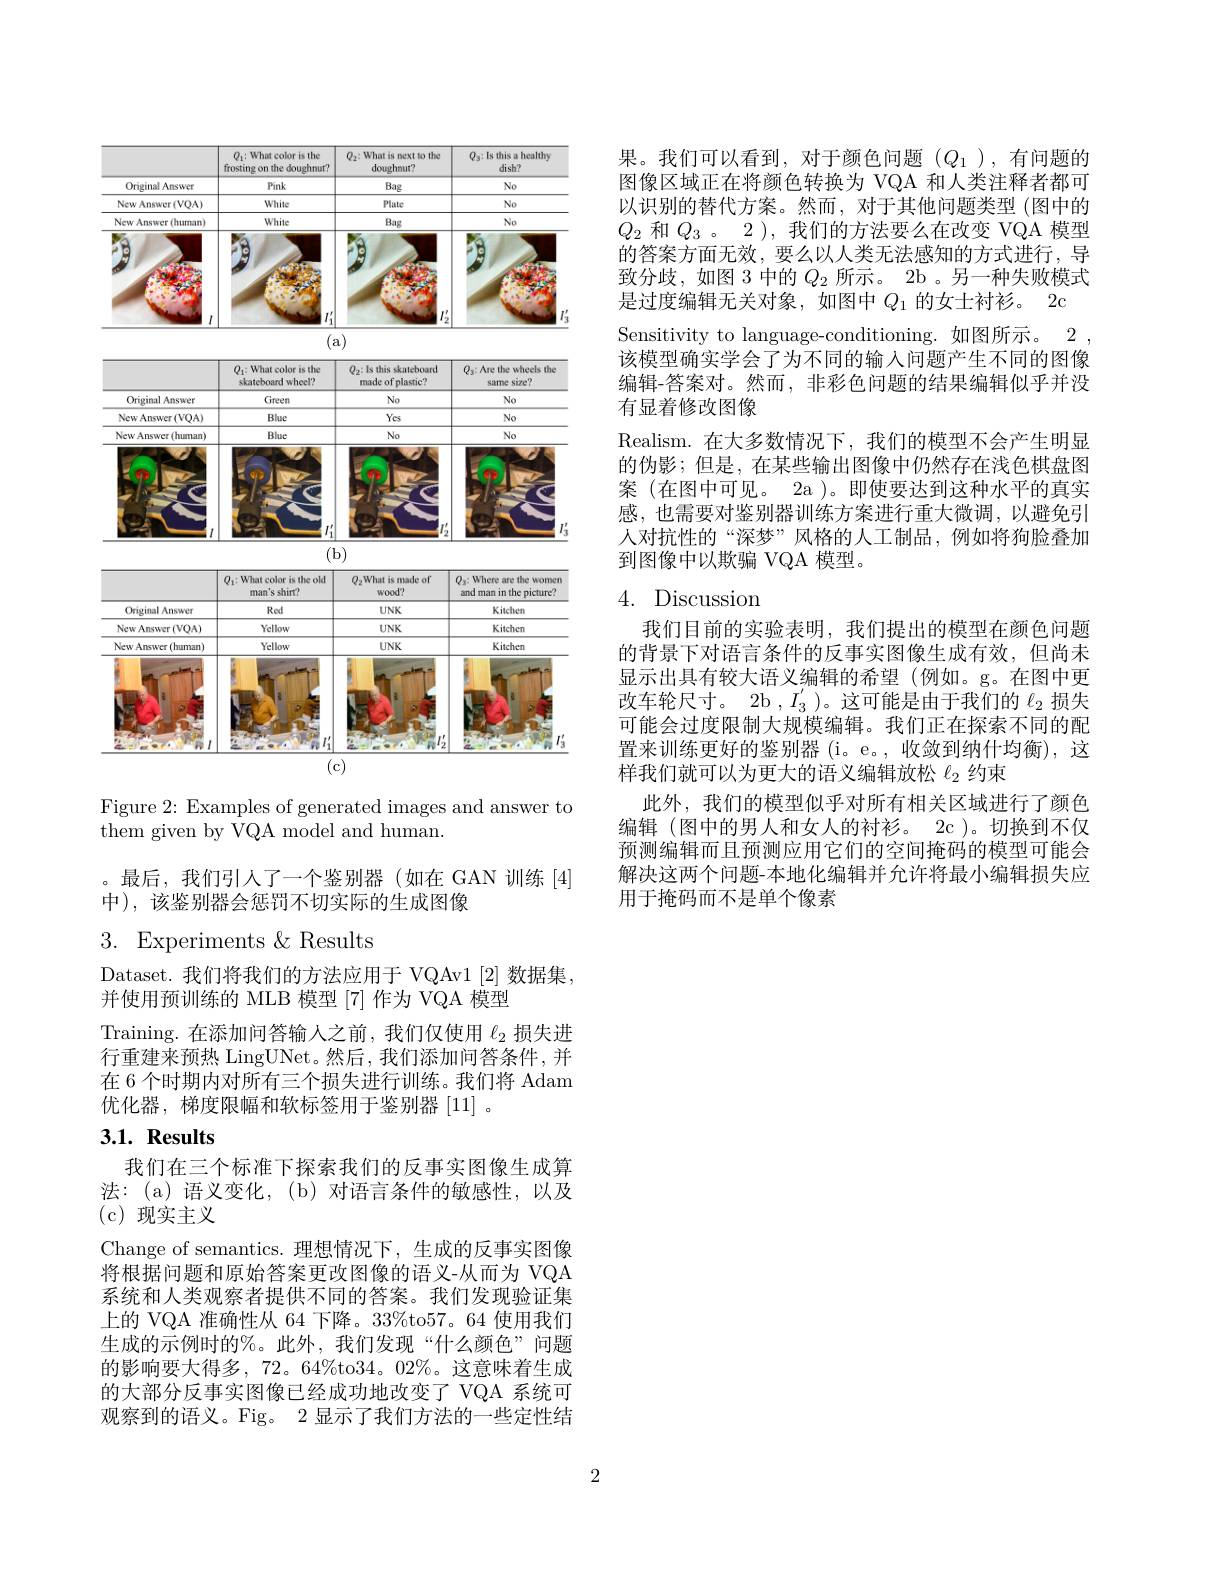
<FigureHere>

Figure 2: Examples of generated images and answer to
them given by VQA model and human.

最后，我们引人了一个鉴别器(如在 GAN 训练[4]
中),该鉴别器会惩罚不切实际的生成图像

3. Experiments$\&$Results

Dataset. 我们将我们的方法应用于 VQAv1 [2] 数据集，
并使用预训练的 MLB 模型 [7] 作为 VQA 模型
Training.在添加问答输人之前，我们仅使用$\ell_{2}$损失进行重建来预热 LingUNet。然后，我们添加问答条件，并在 6 个时期内对所有三个损失进行训练。我们将 Adam 优化器，梯度限幅和软标签用于鉴别器[11]。

# $3. 1. \textbf{ Results}$

我们在三个标准下探索我们的反事实图像生成算法：(a)语义变化，(b)对语言条件的敏感性，以及(c)现实主义
Change of semantics.理想情况下，生成的反事实图像将根据问题和原始答案更改图像的语义-从而为 VQA 系统和人类观察者提供不同的答案。我们发现验证集上的 VQA 准确性从 64 下降。33%to57。64 使用我们生成的示例时的%。此外，我们发现“什么颜色”问题的影响要大得多，72。64%to34。02%。这意味着生成的大部分反事实图像已经成功地改变了 VQA 系统可观察到的语义。Fig。2 显示了我们方法的一些定性结

果。我们可以看到，对于颜色问题($Q_1$),有问题的图像区域正在将颜色转换为 VQA 和人类注释者都可以识别的替代方案。然而，对于其他问题类型 (图中的$Q_{2}$和$Q_3$ 。2 ), 我们的方法要么在改变 VQA 模型的答案方面无效，要么以人类无法感知的方式进行，导致分歧，如图 3 中的$Q_{2}$所示。2b 。另一种失败模式是过度编辑无关对象，如图中$Q_1$的女士衬衫。2c Sensitivity to language-conditioning.如图所示。2该模型确实学会了为不同的输入问题产生不同的图像编辑-答案对。然而，非彩色问题的结果编辑似乎并没有显着修改图像
Realism.在大多数情况下，我们的模型不会产生明显的伪影；但是，在某些输出图像中仍然存在浅色棋盘图案 (在图中可见。2a )。即使要达到这种水平的真实感，也需要对鉴别器训练方案进行重大微调，以避免引人对抗性的“深梦”风格的人工制品，例如将狗脸叠加到图像中以欺骗 VQA 模型。

# 4. Discussion

我们目前的实验表明，我们提出的模型在颜色问题的背景下对语言条件的反事实图像生成有效，但尚未显示出具有较大语义编辑的希望(例如。g。在图中更改车轮尺寸。2b $,I_3^{\prime}$)。这可能是由于我们的$\ell_2$损失可能会过度限制大规模编辑。我们正在探索不同的配置来训练更好的鉴别器 (i。e。,收敛到纳什均衡),这样我们就可以为更大的语义编辑放松$\ell_{2}$约束
此外，我们的模型似乎对所有相关区域进行了颜色编辑 (图中的男人和女人的衬衫。2c )。切换到不仅预测编辑而且预测应用它们的空间掩码的模型可能会解决这两个问题-本地化编辑并允许将最小编辑损失应用于掩码而不是单个像素

2